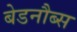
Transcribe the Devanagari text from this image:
बेडनौब्स